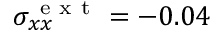
\sigma _ { x x } ^ { \mathrm { ~ e ~ x ~ t ~ } } = - 0 . 0 4